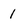
Character: 1